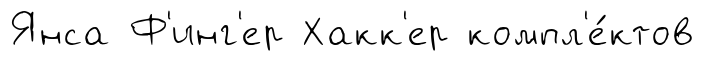
Янса Ф'инг'ер Хакк'ер компл'е́ктов